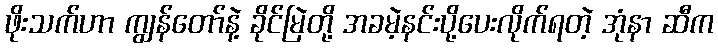
ဖိုးသက်ဟာ ကျွန်တော်နဲ့ ခိုင်မြဲတို့ အခမဲ့နင်းပို့ပေးလိုက်ရတဲ့ အုံနာ ဆီက